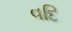
વદિ